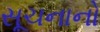
સૂચનાનો